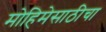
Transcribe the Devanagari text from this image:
मोहिमेसाठीचा